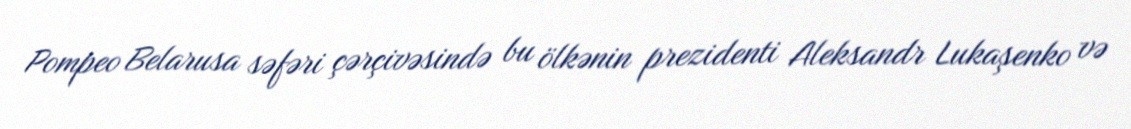
Pompeo Belarusa səfəri çərçivəsində bu ölkənin prezidenti Aleksandr Lukaşenko və